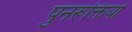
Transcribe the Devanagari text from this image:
पुनरूक्तियों